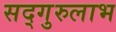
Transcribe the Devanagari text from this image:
सद्‌गुरुलाभ